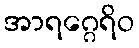
အာရဂ္ဂေရိဝ